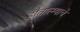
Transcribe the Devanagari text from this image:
हौतात्म्याचे